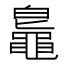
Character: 𪓨